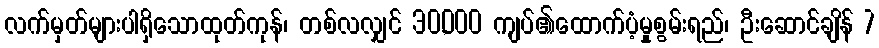
လက်မှတ်များပါရှိသောထုတ်ကုန်၊ တစ်လလျှင် 30,000 ကျပ်၏ထောက်ပံ့မှုစွမ်းရည်၊ ဦးဆောင်ချိန် 7